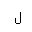
Letter: _lam